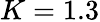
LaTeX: K=1.3